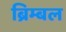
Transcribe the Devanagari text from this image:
ब्रिम्बल